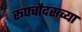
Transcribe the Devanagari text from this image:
रूपचौदसच्या